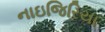
નાઇજિરિયા